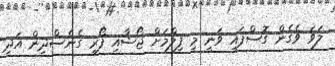
ލަވަ ވެގެން ގޮސްފައި ވަނީ މި ފިލްމަށް ޖޯޝާއި ފޯރި ގެނެސްދިން އަދި